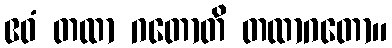
ဧဝံ တထာ ဂတောတိ တထာဂတော။